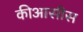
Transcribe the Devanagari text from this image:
कीआसीस